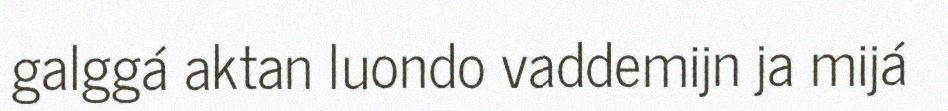
galggá aktan luondo vaddemijn ja mijá